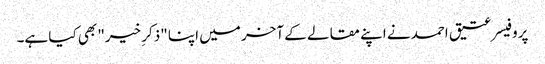
پروفیسر عتیق احمد نے اپنے مقالے کے آخر میں اپنا "ذکرِ خیر" بھی کیا ہے۔